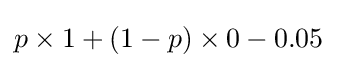
p\times 1+(1-p)\times 0-0.05